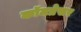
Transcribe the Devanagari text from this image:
कॉमप्रेसर